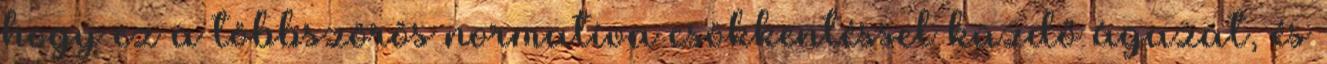
hogy ez a többszörös normatíva csökkentéssel küzdő ágazat, és